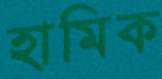
হামিক